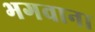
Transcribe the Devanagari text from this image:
भगवाना